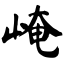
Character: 崦